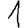
Digit: 1